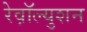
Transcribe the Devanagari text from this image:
रेव़ाॅल्युशन